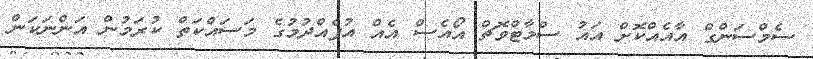
ސެމްސަންގް އާއެއްކޮށް އައު ސްމާޓްވޮޗް އޯއެސް އެއް އުފެއްދުމުގެ މަސައްކަތް ކުރަމުން އަންނަކަން